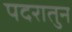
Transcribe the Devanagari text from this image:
पदरातुन